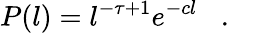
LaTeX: P(l)=l^{-\tau+1}e^{-cl}\, \, \, \, \, .\, \, \, \, \,